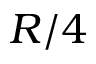
R / 4